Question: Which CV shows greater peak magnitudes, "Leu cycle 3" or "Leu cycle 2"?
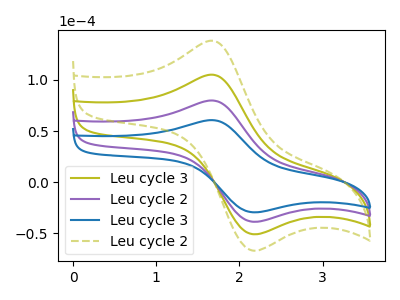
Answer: <think>The olive curve "Leu cycle 3" has an anodic peak at (1.65V, 159.95uA) and a cathodic peak at (2.15V, -76.30uA). The purple curve "Leu cycle 2" has an anodic peak at (1.65V, 80.00uA) and a cathodic peak at (2.15V, -38.15uA). The blue curve "Leu cycle 3" has an anodic peak at (1.65V, 60.80uA) and a cathodic peak at (2.15V, -29.00uA). The olive dashed curve "Leu cycle 2" has an anodic peak at (1.65V, 239.95uA) and a cathodic peak at (2.15V, -114.45uA).</think>
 <answer>Every peak in "Leu cycle 3" is lower than every peak in "Leu cycle 2".</answer>
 <eval>lower</eval>